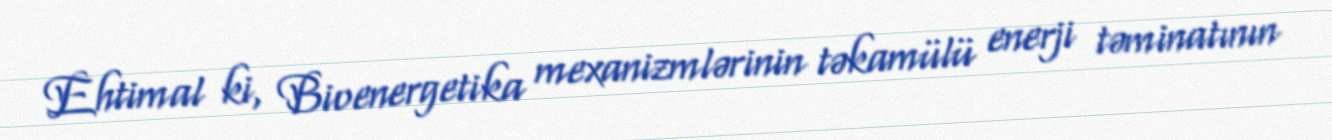
Ehtimal ki, Bioenergetika mexanizmlərinin təkamülü enerji təminatının